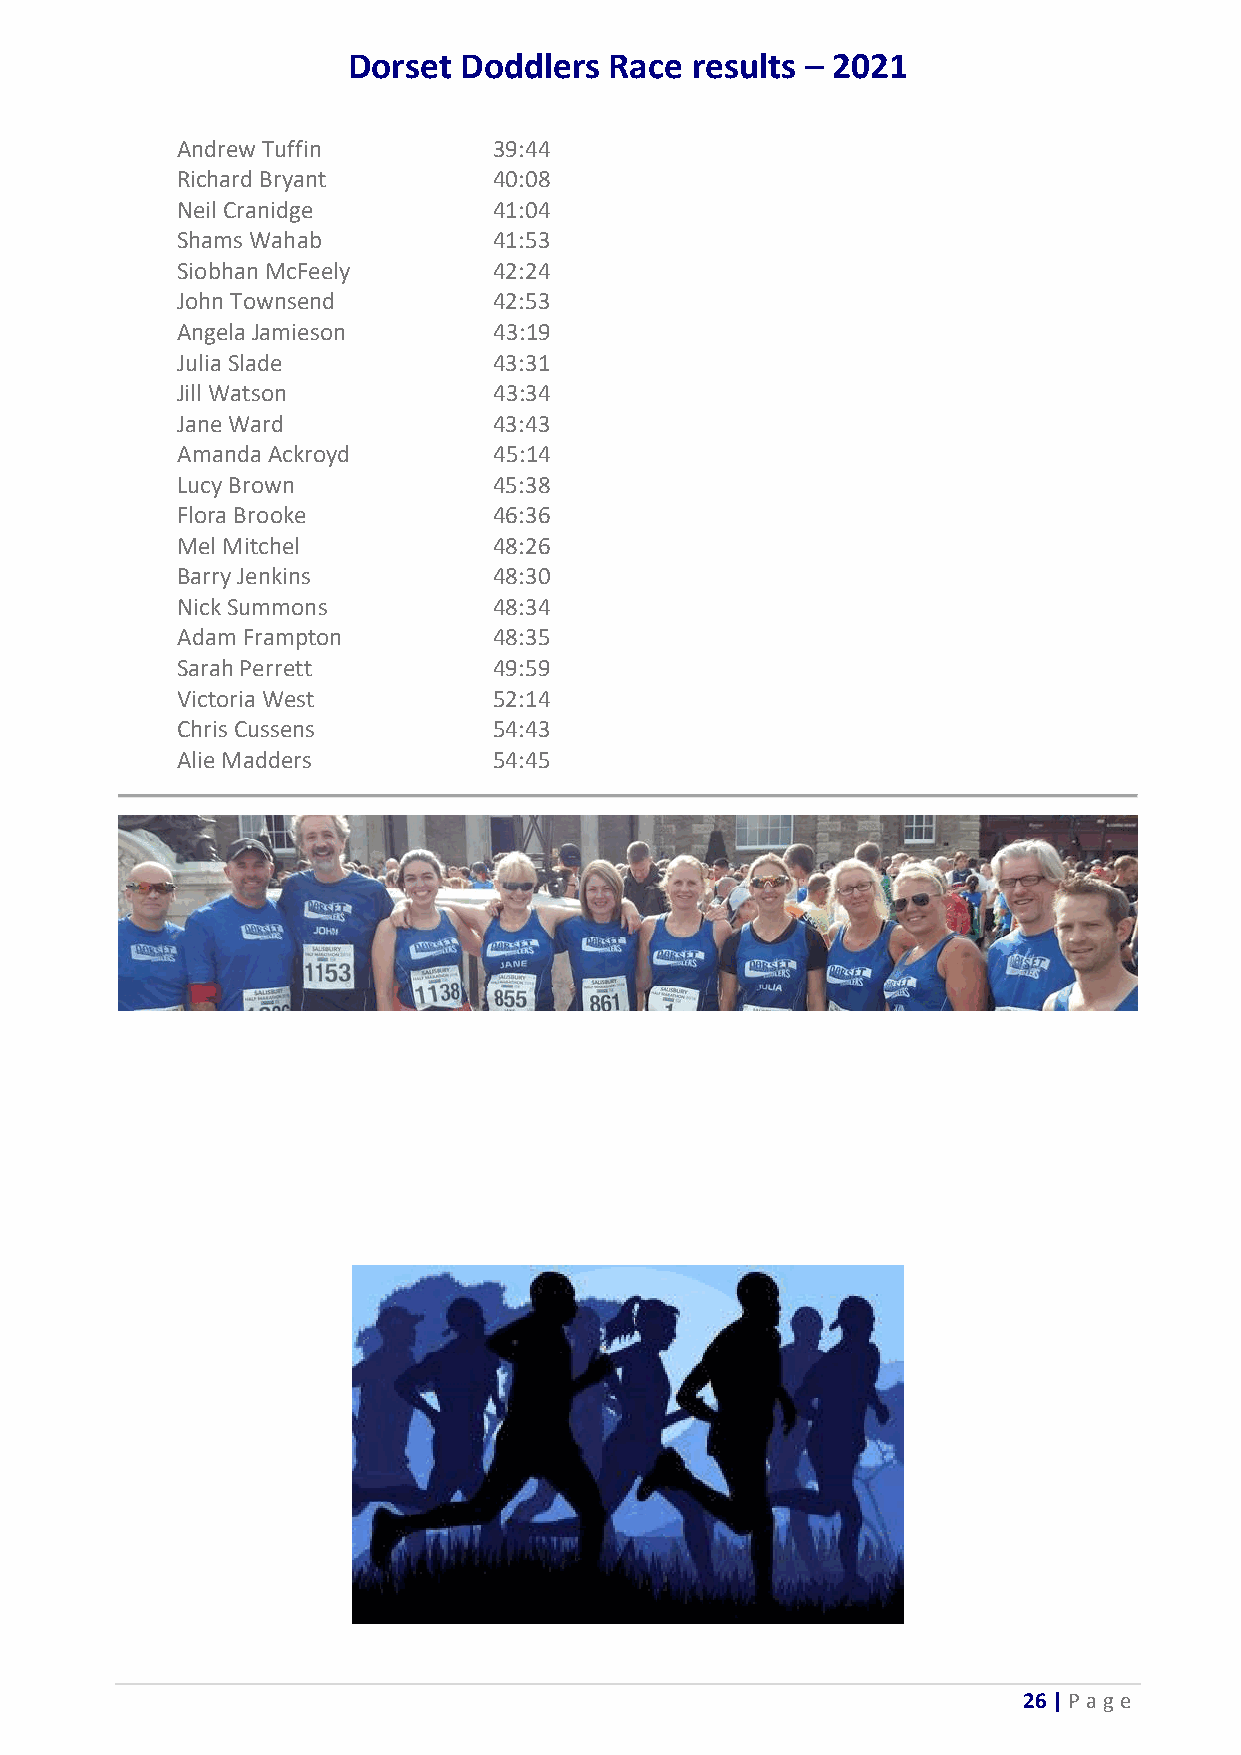
Dorset Doddlers  Race  results – 2021
 Andrew Tuffin        39:44
 Richard Bryant       40:08
 Neil Cranidge        41:04
 Shams Wahab          41:53
 Siobhan McFeely      42:24
 John Townsend        42:53
 Angela Jamieson      43:19
 Julia Slade          43:31
 Jill Watson          43:34
 Jane Ward            43:43
 Amanda Ackroyd       45:14
 Lucy Brown           45:38
 Flora Brooke         46:36
 Mel Mitchel          48:26
 Barry Jenkins        48:30
 Nick Summons         48:34
 Adam Frampton        48:35
 Sarah Perrett        49:59
 Victoria West        52:14
 Chris Cussens        54:43
 Alie Madders         54:45
 26 | P age